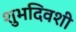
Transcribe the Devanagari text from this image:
शुभदिवशी